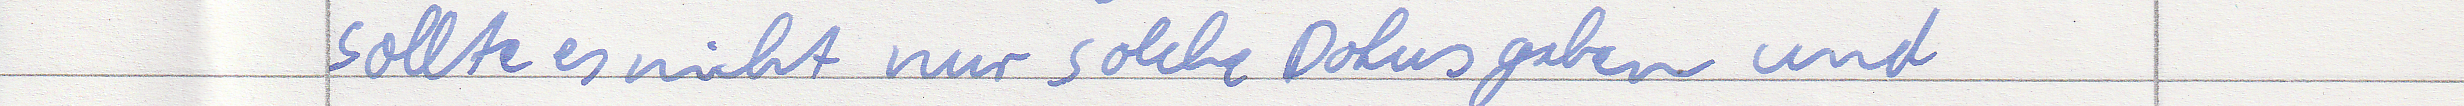
sollte es nicht nur solche Dokus geben und